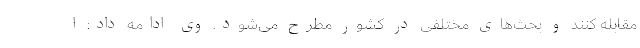
مقابله کنند و بحث‌های مختلفی در کشور مطرح می‌شود. وی ادامه داد: ا